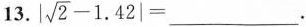
13. $$| \sqrt{ 2 } - 1 . 4 2 |$$ =______。